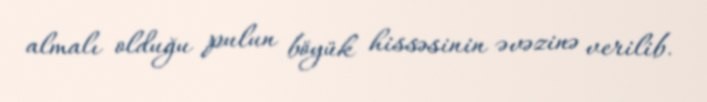
almalı olduğu pulun böyük hissəsinin əvəzinə verilib.